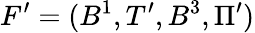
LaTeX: F^{\prime}=(B^{1},T^{\prime},B^{3},\Pi^{\prime})